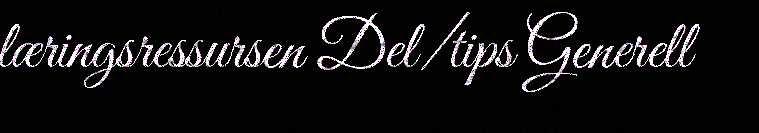
læringsressursen Del/tips Generell